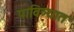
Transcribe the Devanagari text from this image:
पावित्र्यात